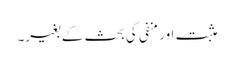
مثبت اور منفی کی بحث کے بغیر۔